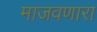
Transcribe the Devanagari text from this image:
माजवणारा